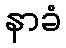
နာခံ